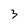
Character: 3